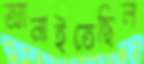
আনাইতেছিল